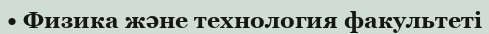
• Физика және технология факультеті